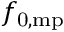
f _ { \mathrm { 0 , m p } }